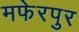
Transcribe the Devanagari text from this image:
मफेरपुर